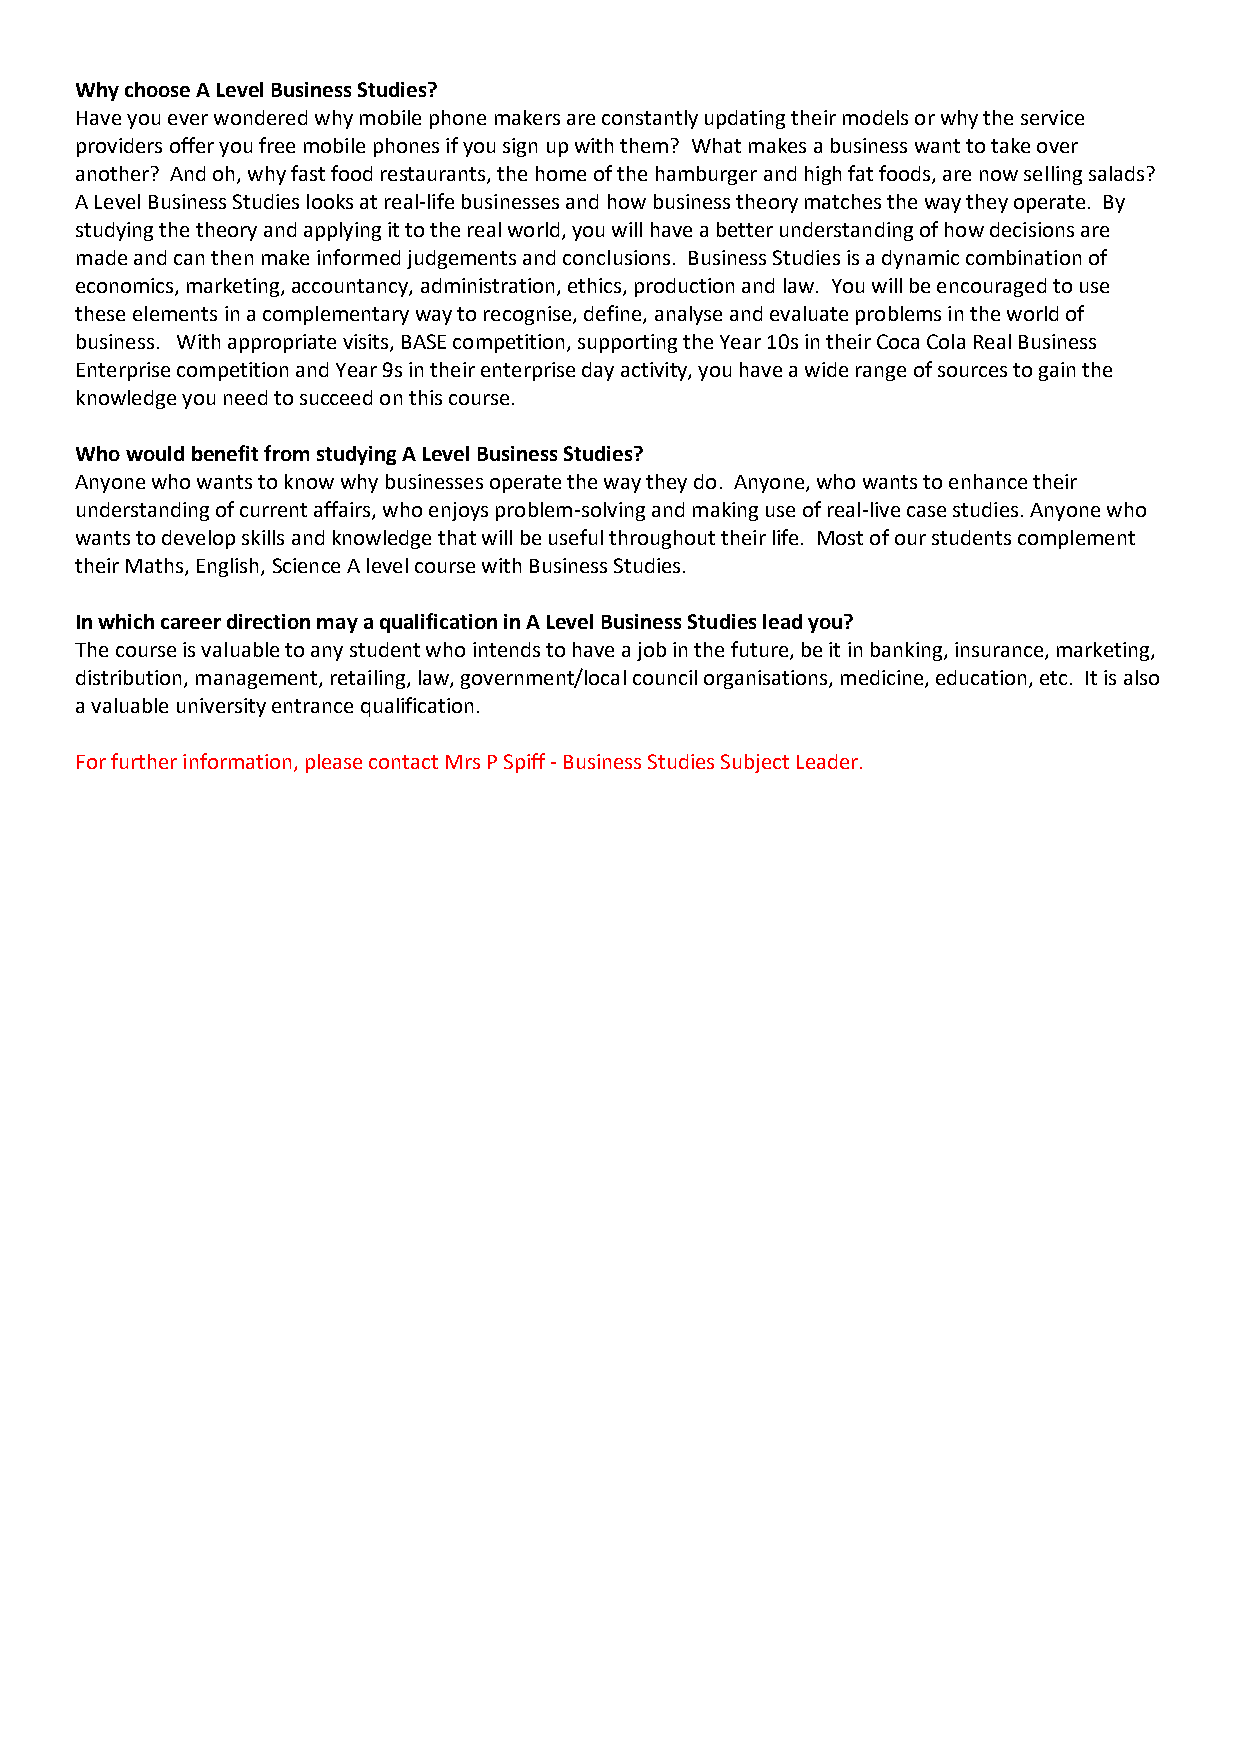
Why choose A Level Business Studies?
 Have you ever wondered why mobile phone makers are constantly updating their models or why the service
 providers offer you free mobile phones if you sign up with them? What makes a business want to take over
 another? And oh, why fast food restaurants, the home of the hamburger and high fat foods, are now selling salads?
 A Level Business Studies looks at real-life businesses and how business theory matches the way they operate. By
 studying the theory and applying it to the real world, you will have a better understanding of how decisions are
 made and can then make informed judgements and conclusions. Business Studies is a dynamic combination of
 economics, marketing, accountancy, administration, ethics, production and law. You will be encouraged to use
 these elements in a complementary way to recognise, define, analyse and evaluate problems in the world of
 business. With appropriate visits, BASE competition, supporting the Year 10s in their Coca Cola Real Business
 Enterprise competition and Year 9s in their enterprise day activity, you have a wide range of sources to gain the
 knowledge you need to succeed on this course.
 Who would benefit from studying A Level Business Studies?
 Anyone who wants to know why businesses operate the way they do. Anyone, who wants to enhance their
 understanding of current affairs, who enjoys problem-solving and making use of real-live case studies. Anyone who
 wants to develop skills and knowledge that will be useful throughout their life. Most of our students complement
 their Maths, English, Science A level course with Business Studies.
 In which career direction may a qualification in A Level Business Studies lead you?
 The course is valuable to any student who intends to have a job in the future, be it in banking, insurance, marketing,
 distribution, management, retailing, law, government/local council organisations, medicine, education, etc. It is also
 a valuable university entrance qualification.
 For further information, please contact Mrs P Spiff - Business Studies Subject Leader.